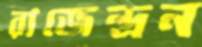
রাজেন্দ্রন